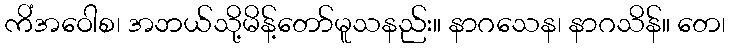
ကိံအဝေါစ၊ အဘယ်သို့မိန့်တော်မူသနည်း။ နာဂသေန၊ နာဂသိန်။ တေ၊